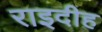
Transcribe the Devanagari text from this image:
राइदीह